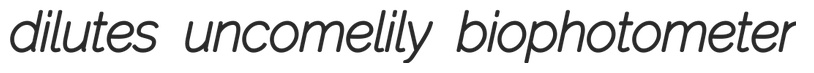
dilutes uncomelily biophotometer